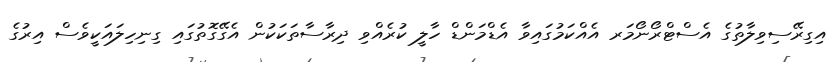
އިގިރޭސިވިލާތުގެ އެސްޓްރޯނޯމަރ އެއްކަމުގައިވާ އެޑްމަންޑް ހާލީ ކުރެއްވި ދިރާސާތަކަކުން އެގޭގޮތުގައި ގިނިހިލައަކީވެސް އިރުގެ